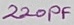
Text: 220PF